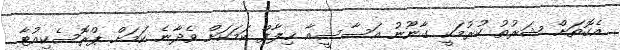
އެގޮތަށް ޝަރުތު ކުރުމަކީ ގާނޫނު އަސާސީއާ ޚިލާފް ކަމަކަށް ވެދާނެ ކަމަށް ޕްރޮސެކިއުޓާ